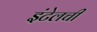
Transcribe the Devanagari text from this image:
इंटेलची